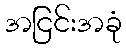
အငြင်းအခုံ